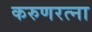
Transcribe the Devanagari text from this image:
करुणरत्ना